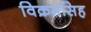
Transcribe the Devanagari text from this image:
विक्रमसिह